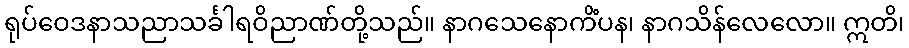
ရုပ်ဝေဒနာသညာသင်္ခါရဝိညာဏ်တို့သည်။ နာဂသေနောကိံပန၊ နာဂသိန်လေလော။ ဣတိ၊